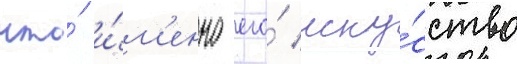
что́ и́м'енно его́ иску́сство